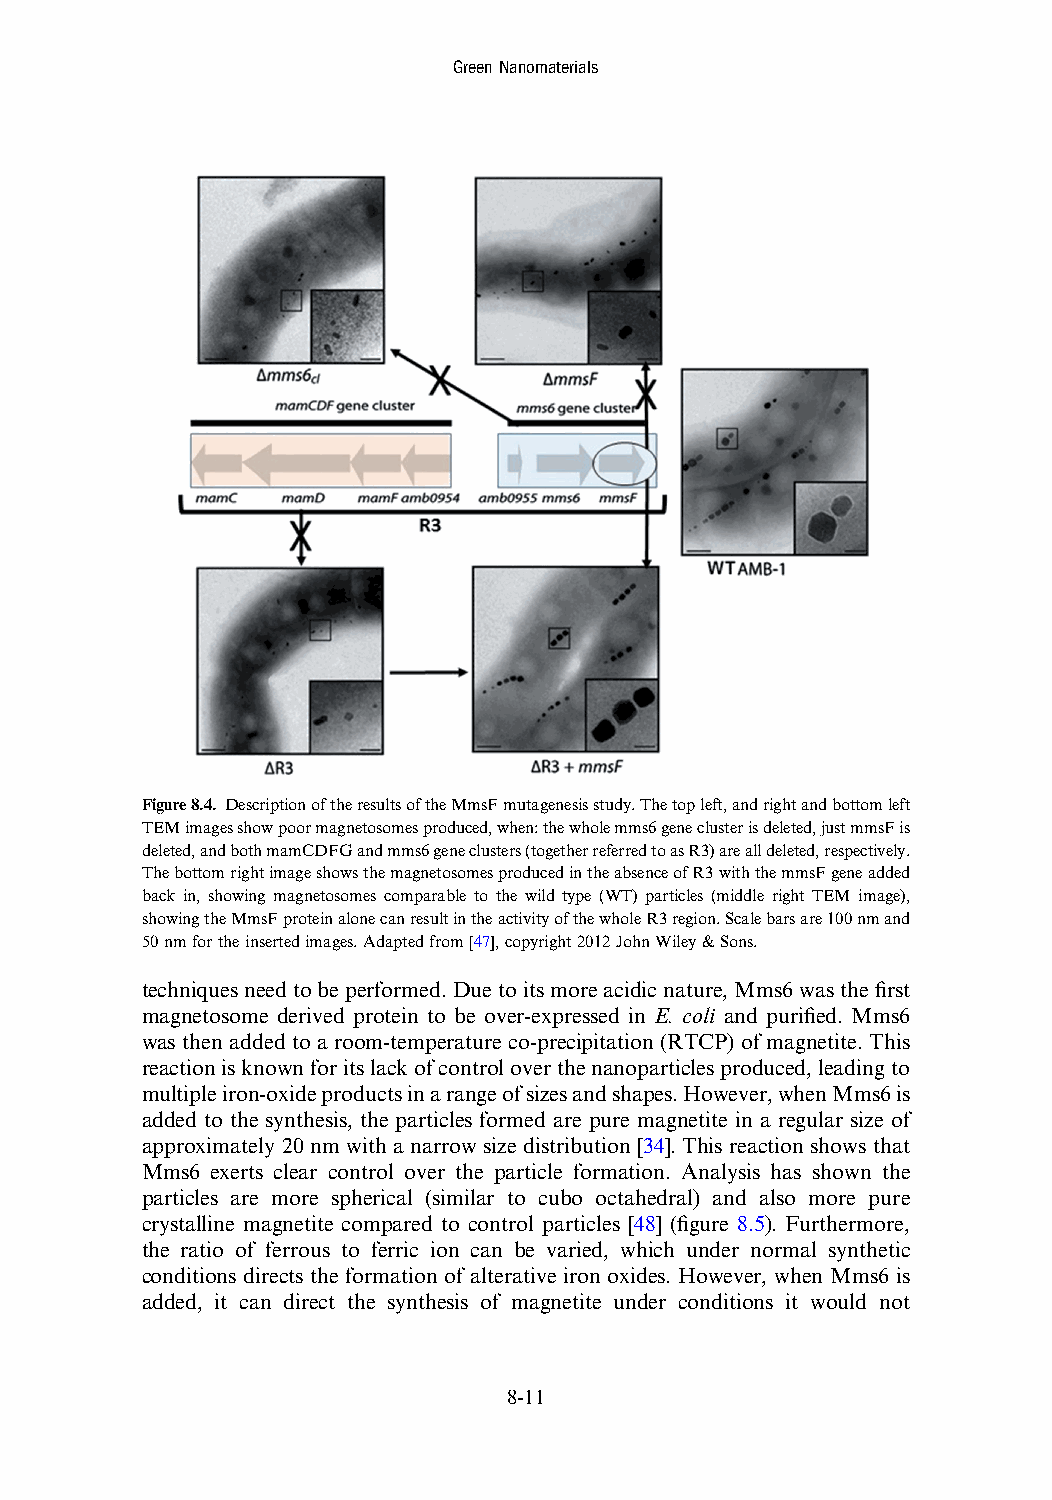
GreenNanomaterials
 Figure8.4. DescriptionoftheresultsoftheMmsFmutagenesisstudy.Thetopleft,andrightandbottomleft
 TEMimagesshowpoormagnetosomesproduced,when:thewholemms6geneclusterisdeleted,justmmsFis
 deleted,andbothmamCDFGandmms6geneclusters(togetherreferredtoasR3)arealldeleted,respectively.
 ThebottomrightimageshowsthemagnetosomesproducedintheabsenceofR3withthemmsFgeneadded
 back in, showing magnetosomes comparable to the wild type (WT) particles (middle right TEM image),
 showingtheMmsFproteinalonecanresultintheactivityofthewholeR3region.Scalebarsare100nmand
 50nmfortheinsertedimages.Adaptedfrom[47],copyright2012JohnWiley&Sons.
 techniquesneedtobeperformed.Duetoitsmoreacidicnature,Mms6wasthefirst
 magnetosome derived protein to be over-expressed in E. coli and purified. Mms6
 was then added to a room-temperature co-precipitation (RTCP) of magnetite. This
 reactionisknownforitslackofcontroloverthenanoparticlesproduced,leadingto
 multipleiron-oxideproductsinarangeofsizesandshapes.However,whenMms6is
 added to the synthesis, the particles formed are pure magnetite in a regular size of
 approximately 20 nm with a narrow size distribution [34]. This reaction shows that
 Mms6 exerts clear control over the particle formation. Analysis has shown the
 particles are more spherical (similar to cubo octahedral) and also more pure
 crystalline magnetite compared to control particles [48] (figure 8.5). Furthermore,
 the ratio of ferrous to ferric ion can be varied, which under normal synthetic
 conditions directs the formation of alterative iron oxides. However, when Mms6 is
 added, it can direct the synthesis of magnetite under conditions it would not
 8-11